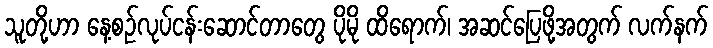
သူတို့ဟာ နေ့စဉ်လုပ်ငန်းဆောင်တာတွေ ပိုမို ထိရောက်၊ အဆင်ပြေဖို့အတွက် လက်နက်